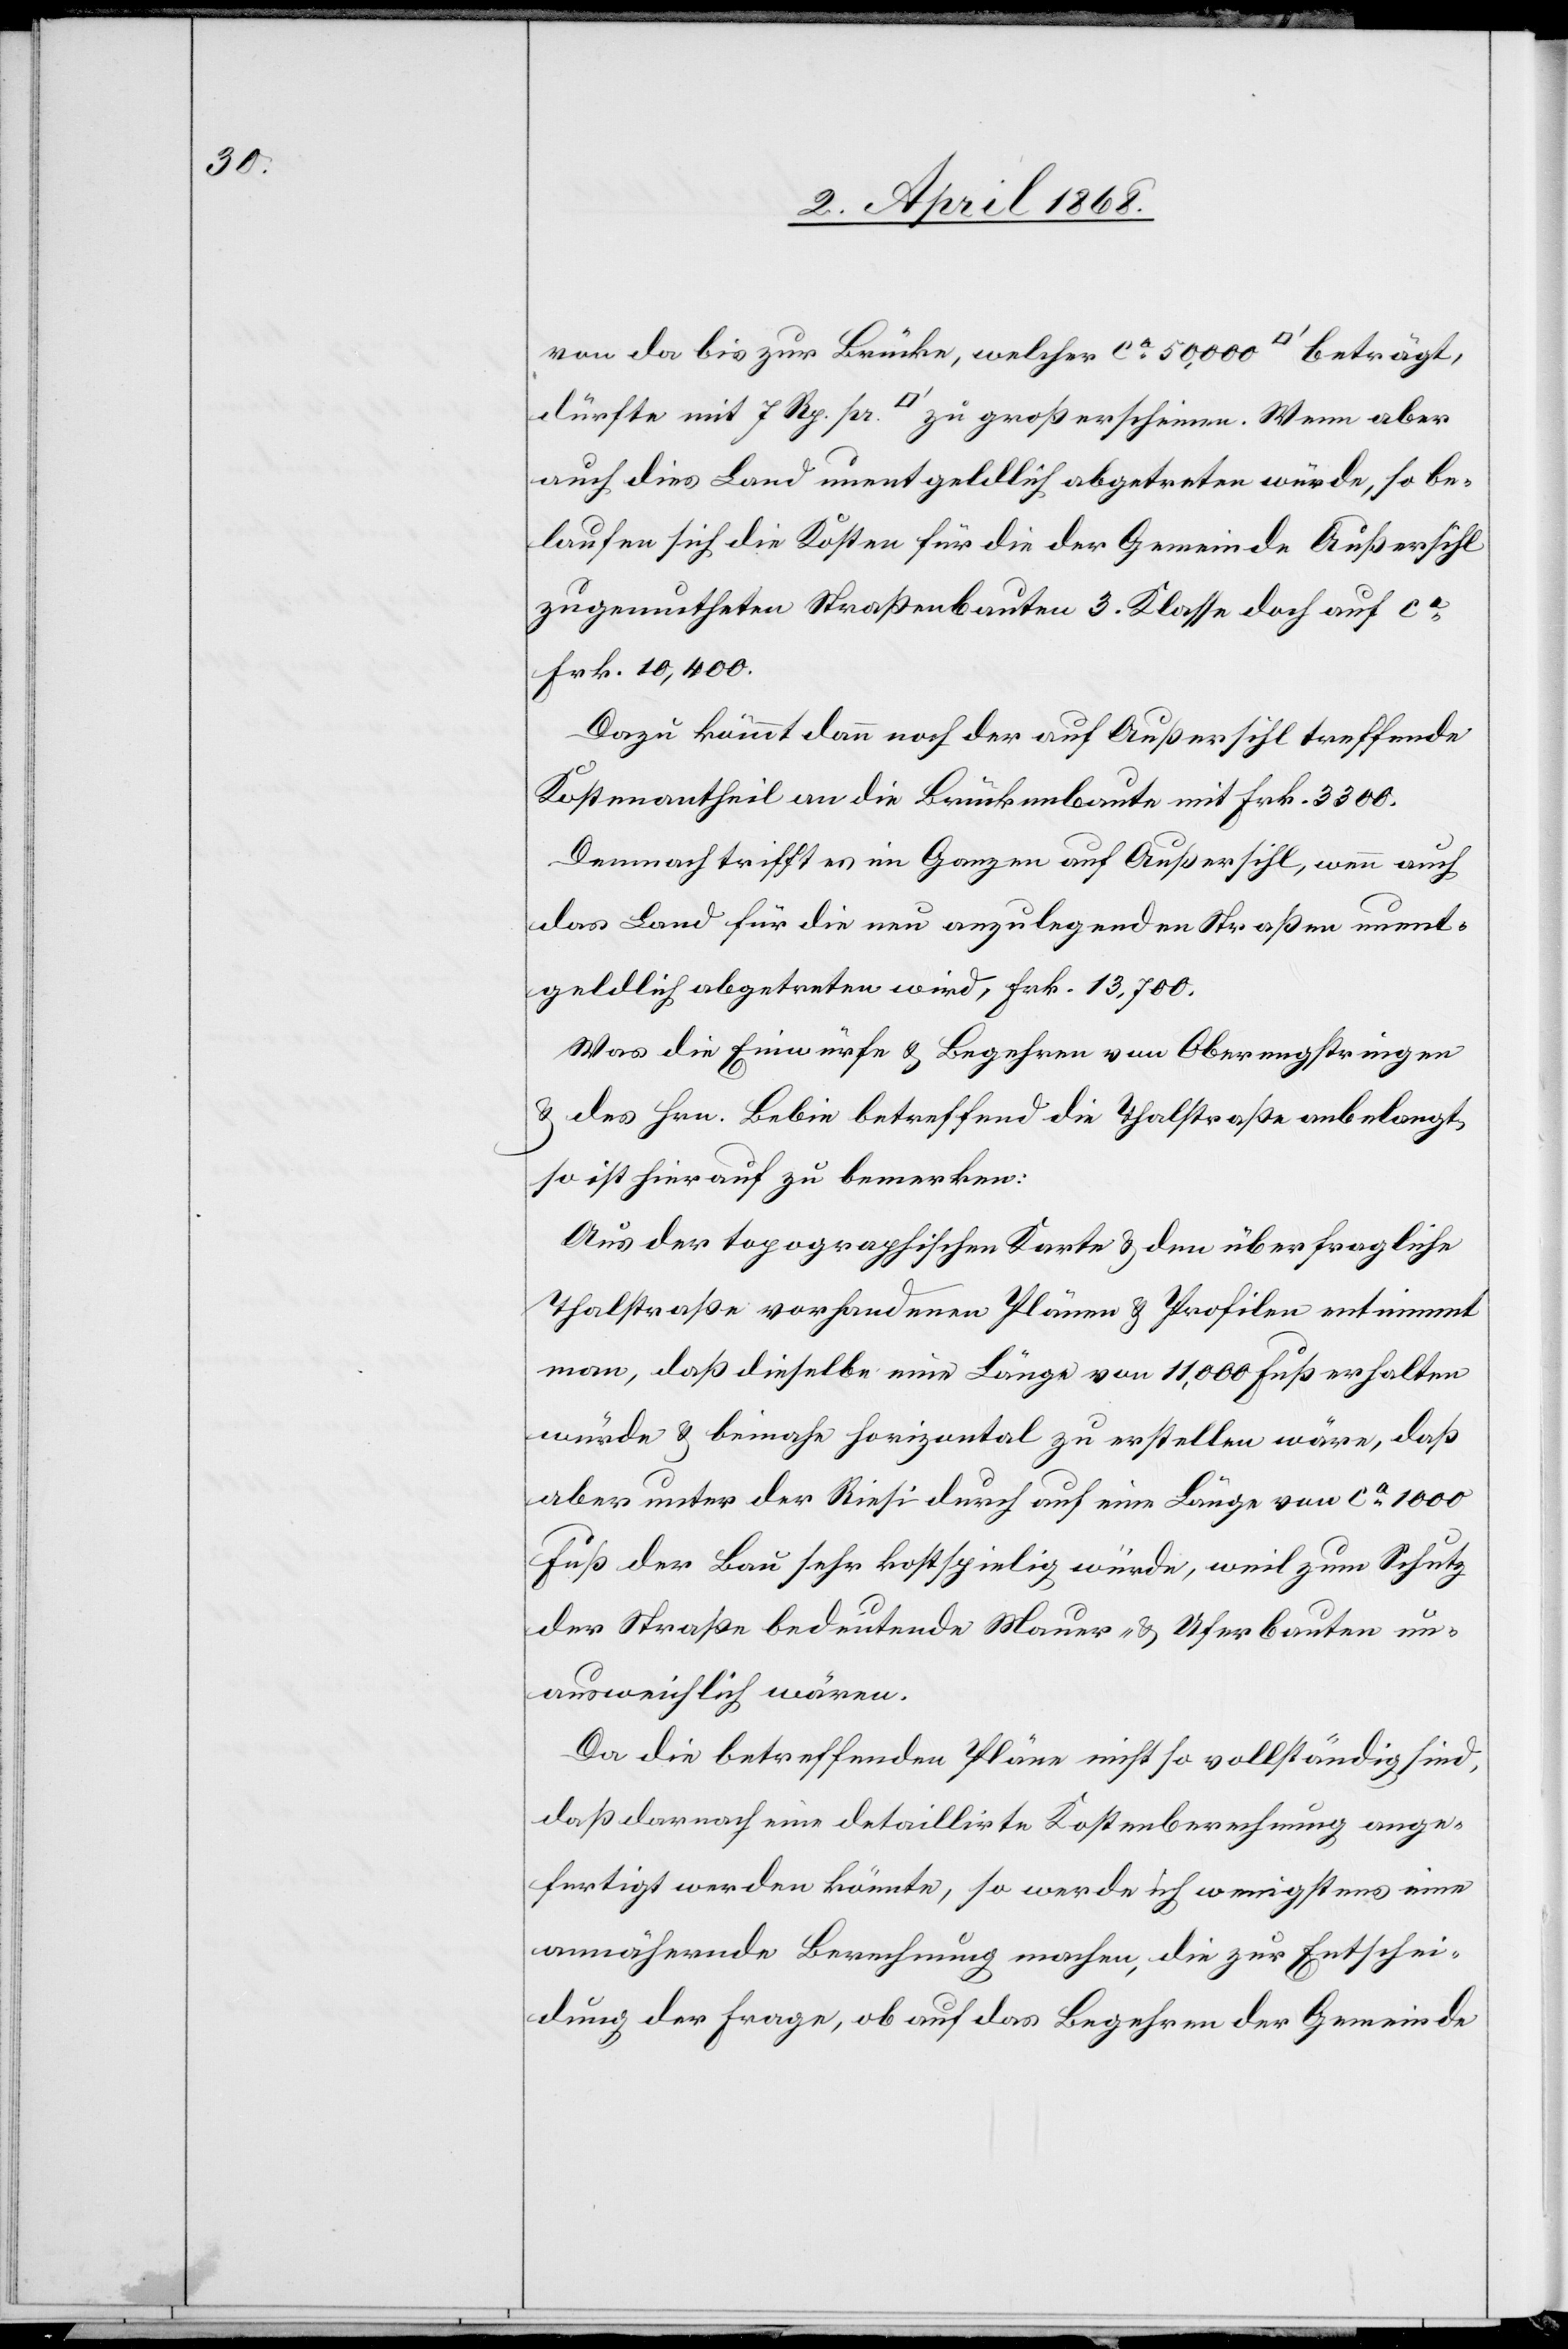
von da bis zur Brücke, welcher ca. 50,000 [Quadratfuß] beträgt,
dürfte mit 7 Rp. pr. [Quadratfuß] zu groß erscheinen. Wenn aber
auch dies Land unentgeldlich abgetreten würde, so be¬
laufen sich die Kosten für die der Gemeinde Außersihl
zugemutheten Straßenbauten 3. Klasse doch auf ca.
Frk. 10,400.
Dazu kömmt dann noch der auf Außersihl treffende
Kostenantheil an die Brückenbaute mit Frk. 3300.
Demnach trifft es im Ganzen auf Außersihl, wenn auch
das Land für die neu anzulegenden Straßen unent¬
geldlich abgetreten wird, Frk. 13,700.
Was die Einwürfe & Begehren von Oberengstringen
& des Hrn. Bebie betreffend die Thalstraße anbelangt,
so ist hierauf zu bemerken:
Aus der topographischen Karte & den über fragliche
Thalstraße vorhandenen Plänen & Profilen entnimmt
man, daß dieselbe eine Länge von 11,000 Fuß erhalten
würde & beinahe horizontal zu erstellen wäre, daß
aber unter der Riesi durch auf eine Länge von ca. 1000
Fuß der Bau sehr kostspielig würde, weil zum Schutz
der Straße bedeutende Mauer- & Uferbauten un¬
ausweichlich wären.
Da die betreffenden Pläne nicht so vollständig sind,
daß darnach eine detaillirte Kostenberechnung ange¬
fertigt werden könnte, so werde ich wenigstens eine
annähernde Berechnung machen, die zur Entschei¬
dung der Frage, ob auf das Begehren der Gemeinde